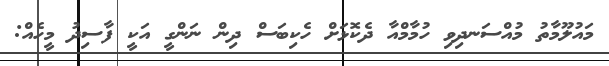
މައުލޫމާތު މުއްސަނދިވި ހުމާމްއާ ދެކޮޅަށް ހެކިބަސް ދިން ނަންގީ އަކީ ފާސިދު މީހެއް: